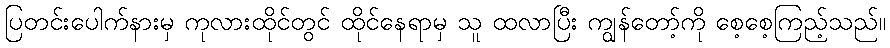
ပြတင်းပေါက်နားမှ ကုလားထိုင်တွင် ထိုင်နေရာမှ သူ ထလာပြီး ကျွန်တော့်ကို စေ့စေ့ကြည့်သည်။